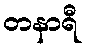
တနာရီ